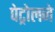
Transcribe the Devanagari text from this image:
पेट्रोलने